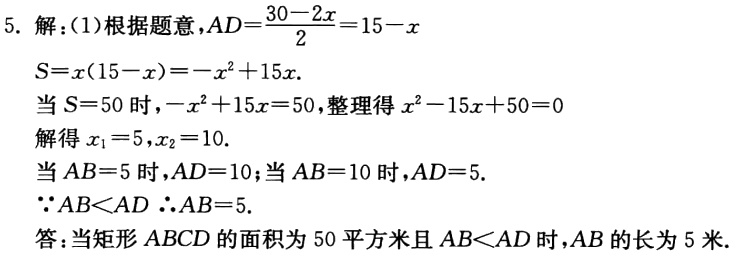
5. 解：(1)根据题意，\(AD = \frac{30 - 2x}{2}=15 - x\)
\(S = x(15 - x)=-x^{2}+15x\).
当\(S = 50\)时，\(-x^{2}+15x = 50\)，整理得\(x^{2}-15x + 50 = 0\)
解得\(x_{1}=5,x_{2}=10\).
当\(AB = 5\)时，\(AD = 10\)；当\(AB = 10\)时，\(AD = 5\).
\(\because AB\lt AD\) \(\therefore AB = 5\).
答：当矩形\(ABCD\)的面积为\(50\)平方米且\(AB\lt AD\)时，\(AB\)的长为\(5\)米.